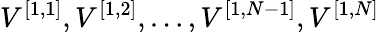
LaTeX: V^{[{1},{1}]},V^{[{1},{2}]},\ldots,V^{[{1},{N-1}]},V^{[{1},{N}]}